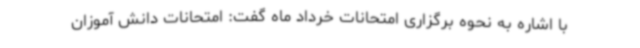
با اشاره به نحوه برگزاری امتحانات خرداد ماه گفت: امتحانات دانش آموزان